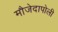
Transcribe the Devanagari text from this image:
मौजेदापोली